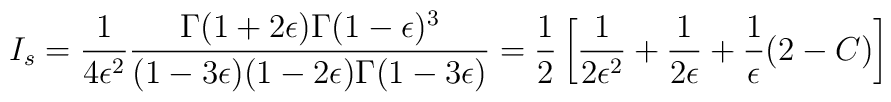
I_s={1\over4\epsilon^2}{\Gamma(1+2\epsilon)\Gamma(1-\epsilon)^3\over(1-3\epsilon)(1-2\epsilon)\Gamma(1-3\epsilon)}={1\over 2}\left[{1\over 2\epsilon^2}+{1\over2\epsilon}+{1\over\epsilon}(2-C)\right]